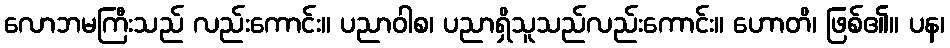
လောဘမကြီးသည် လည်းကောင်း။ ပညာဝါစ၊ ပညာရှိသူသည်လည်းကောင်း။ ဟောတိ၊ ဖြစ်၏။ ပန၊